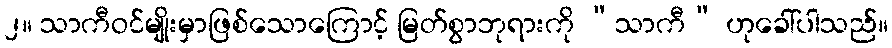
၂။ သာကီဝင်မျိုးမှာဖြစ်သောကြောင့် မြတ်စွာဘုရားကို “သာကီ” ဟုခေါ်ပါသည်။